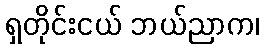
ရှတိုင်းငယ် ဘယ်ညာက၊